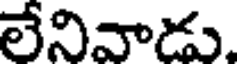
లేనివాడు.